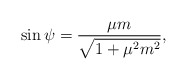
\begin{align*}\sin\psi=\frac{\mu m}{\sqrt{1+\mu^2m^2}},\end{align*}